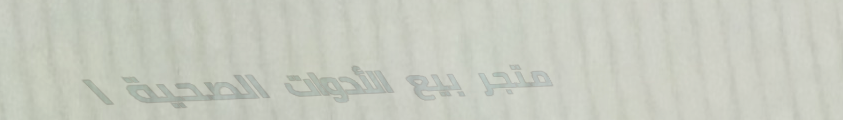
متجر بيع الأدوات الصحية ا